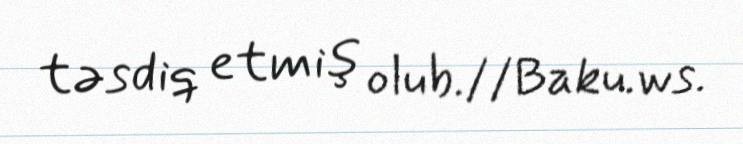
təsdiq etmiş olub.//Baku.ws.